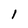
Character: 1